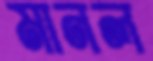
মানল